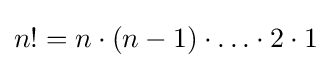
n!=n\cdot (n-1)\cdot \ldots \cdot 2\cdot 1